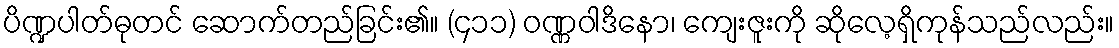
ပိဏ္ဍပါတ်ဓုတင် ဆောက်တည်ခြင်း၏။ (၄၁၁) ဝဏ္ဏဝါဒိနော၊ ကျေးဇူးကို ဆိုလေ့ရှိကုန်သည်လည်း။